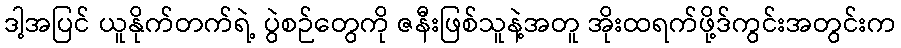
ဒါ့အပြင် ယူနိုက်တက်ရဲ့ ပွဲစဉ်တွေကို ဇနီးဖြစ်သူနဲ့အတူ အိုးထရက်ဖို့ဒ်ကွင်းအတွင်းက